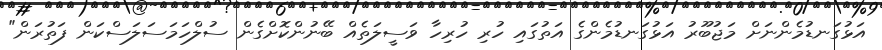
އަޅުގަނޑުމެންނަށް މަޖުބޫރު އަޅުގަނޑުމެންގެ އަތުގައި ހުރި ހުރިހާ ވަސީލަތެއް ބޭނުންކޮށްގެން ސުލްހަމަސަލަސްކަން ފަތުރަން"